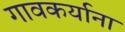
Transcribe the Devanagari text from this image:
गावकर्याना